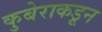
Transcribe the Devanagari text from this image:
कुबेराकडून